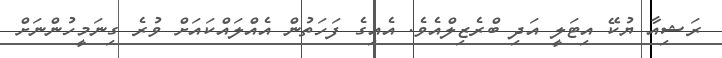
ރަޝިއާ ޔުކޭ އިޓަލީ އަދި ބްރެޒިލްއެވެ. އެއިގެ ފަހަތުން އެއްލައްކައަށް ވުރެ ގިނަމީހުންނަށް